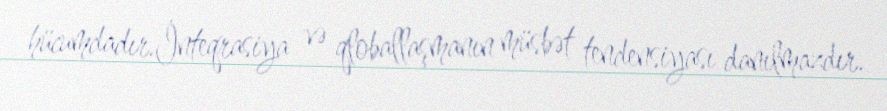
hücumdadır.İnteqrasiya və qloballaşmanın müsbət tendensiyası danılmazdır.